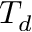
T _ { d }